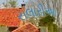
સલારીઆ